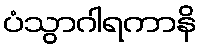
ပံသွာဂါရကာနိ